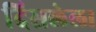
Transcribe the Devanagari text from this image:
दिसलेला